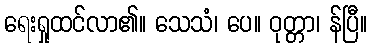
ရေးရှုထင်လာ၏။ သေသံ၊ ပေ။ ဝုတ္တာ၊ န်ပြီ။